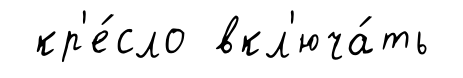
кр'е́сло вкл'юча́ть